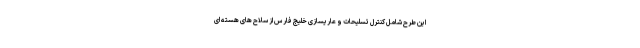
این طرح شامل کنترل تسلیحات و عاریسازی خلیج فارس از سلاح های هسته ای